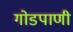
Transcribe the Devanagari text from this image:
गोडपाणी